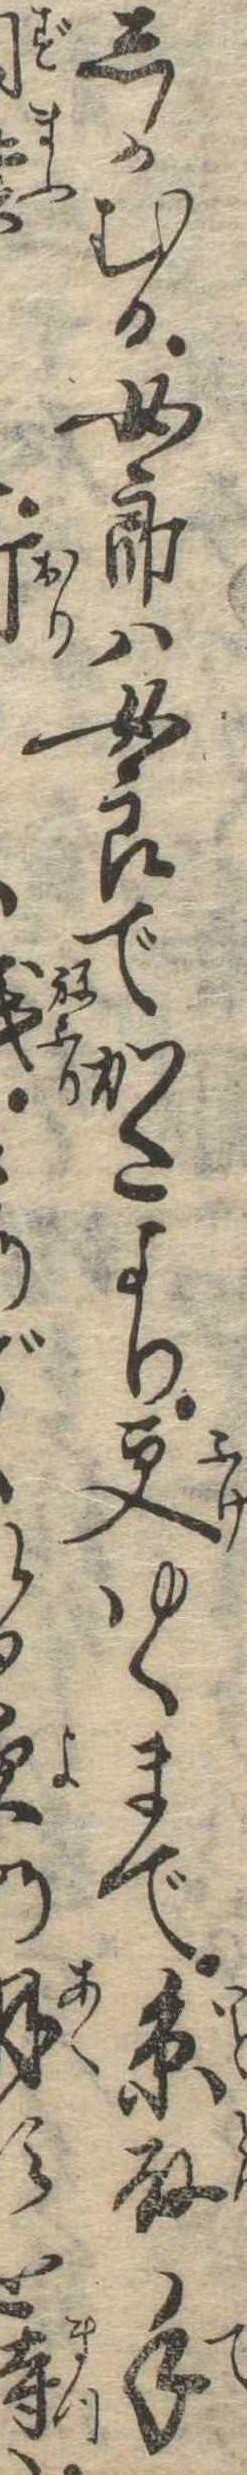
しかむる女郎は女郎でかたより更ゆくまで糸取手どるを待は